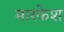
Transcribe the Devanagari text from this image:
मारकेश